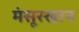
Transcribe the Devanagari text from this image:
मंसूरखान